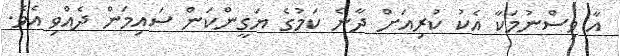
އާ ވިސްނުމަކާ އެކު ކުރިއަށް ދާނެ ކަމުގެ ޔަގީންކަން ސައިމަން ދެއްވި އެވެ.